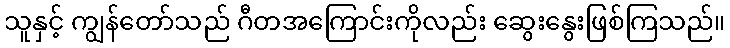
သူနှင့် ကျွန်တော်သည် ဂီတအကြောင်းကိုလည်း ဆွေးနွေးဖြစ်ကြသည်။